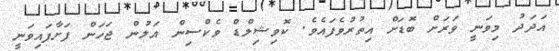
އަދަދު މިވަނީ ވަރަށް ބޮޑަށް އިތުރުވެފައެވެ. ކޮވިޝިލްޑް ވެކްސިން އަލުން ޖަހަން ފަށާފައިވަނީ